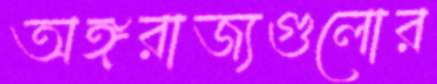
অঙ্গরাজ্যগুলোর